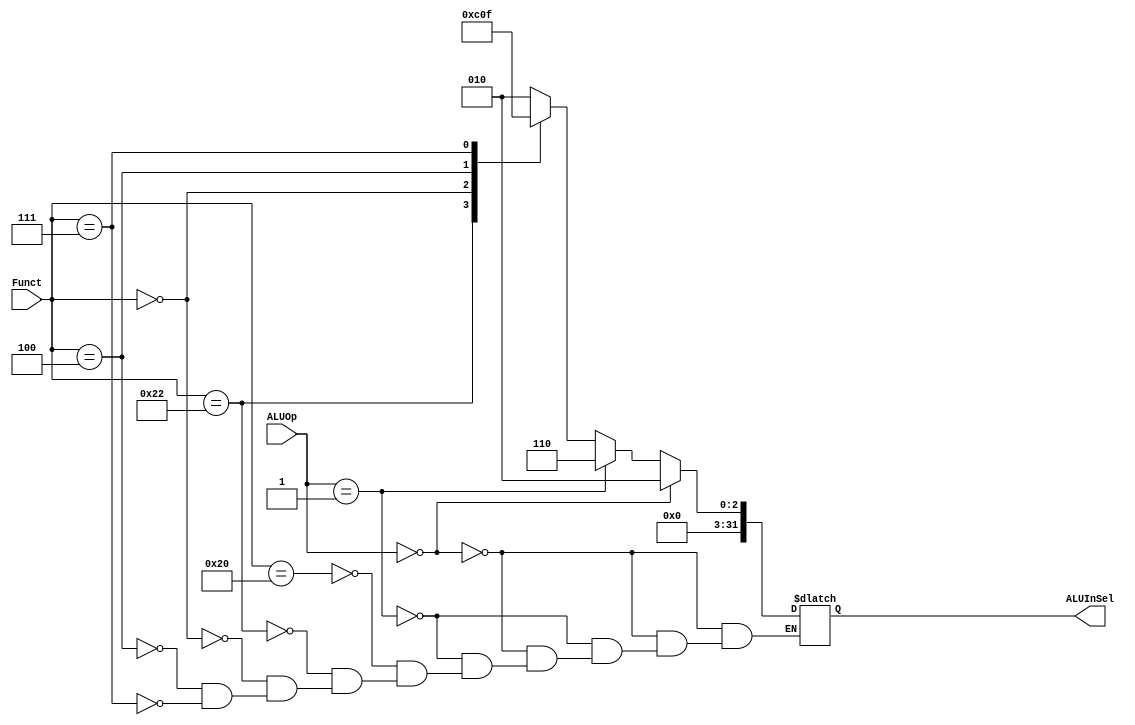
`timescale 1ns / 1ps
/*
ALUCtrl DUT(.ALUInsel(ALUInsel), .ALUOp(ALUOp), .Funct(Funct));
*/

module ALUCtrl(ALUInSel,ALUOp,Funct);
input [5:0] Funct;
input [2:0] ALUOp;
output reg [31:0] ALUInSel;
always @(ALUInSel,ALUOp,Funct)
begin
if(ALUOp==0) ALUInSel <=2;
else if(ALUOp==1) ALUInSel <=6;
else
case(Funct)
32: ALUInSel = 2;
34: ALUInSel = 6;
0: ALUInSel = 0;
4: ALUInSel =1;
7: ALUInSel = 7;
endcase 
end
endmodule